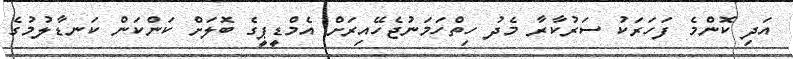
އަދި ކޮންމެ ފަހަރަކު ސަރުކާރާ މެދު ހިތްހަމަނުޖެހޭއިރަށް އެމްޑީޕީގެ ބޮލަށް ކަންކަން ކަނޑާލުމުގެ